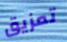
تمزيق